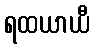
ရထယာယီ